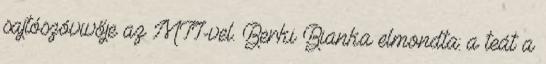
sajtószóvivője az MTI-vel. Berki Bianka elmondta: a teát a